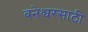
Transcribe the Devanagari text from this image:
बनेश्वरसाठी